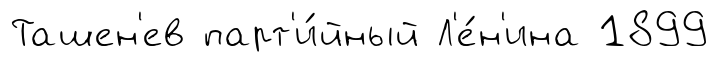
Ташен'ев парт'и́йный Л'е́н'ина 1899